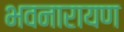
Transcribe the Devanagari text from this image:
भवनारायण